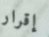
إقرار